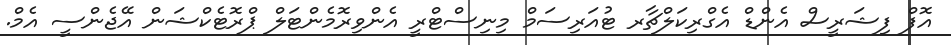
އޮފް ފިޝަރީސް އެންޑް އެގްރިކަލްޗާރ ޓުއަރިސަމް މިނިސްޓްރީ އެންވިރޮމެންޓަލް ޕްރޮޓެކްޝަން އޭޖެންސީ އެމް.